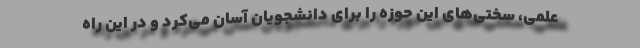
علمی، سختی‌های این حوزه را برای دانشجویان آسان می‌کرد و در این راه